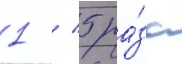
1 / 5 ра́за